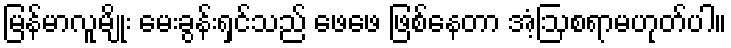
မြန်မာလူမျိုး မေးခွန်းရှင်သည် ဖေဖေ ဖြစ်နေတာ အံ့ဩစရာမဟုတ်ပါ။